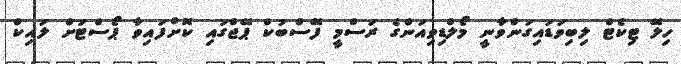
ހިލޭ ޓިކެޓް ލިބިވަޑައިގަންވާނީ މޯލްޑިވިއަންގެ ރަސްމީ ފޭސްބުކް ޕޭޖްގައި ކޮށްފައިވާ ޕޯސްޓަށް ލައިކް